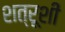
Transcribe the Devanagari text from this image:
शत्रूशीं